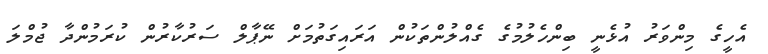
އެހީގެ މިންވަރު އުޅެނީ ބިންހެލުމުގެ ގެއްލުންތަކުން އަރައިގަތުމަށް ނޭޕާލް ސަރުކާރުން ކުރަމުންދާ ޖުމްލަ